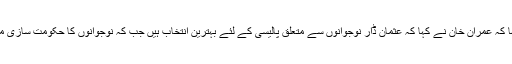
اس موقع پر وزیر اعظم نے کہا کہ عمران خان نے کہا کہ عثمان ڈار نوجوانوں سے متعلق پالیسی کے لئے بہترین انتخاب ہیں جب کہ نوجوانوں کا حکومت سازی میں کردار نہیں بھول سکتا ہوں۔